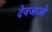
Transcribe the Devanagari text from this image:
देवजाओं